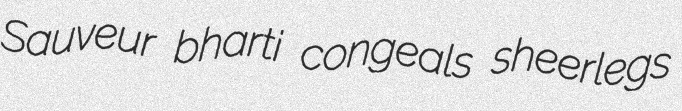
Sauveur bharti congeals sheerlegs